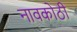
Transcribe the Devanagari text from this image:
नावकोठी